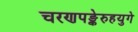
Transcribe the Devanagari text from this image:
चरणपङ्केरुहयुगे